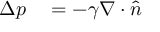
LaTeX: \begin{array} { r l } { \Delta p } & { { } = - \gamma \nabla \cdot { \hat { n } } } \end{array}